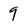
Character: 9